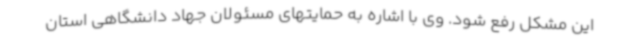
این مشکل رفع شود. وی با اشاره به حمایتهای مسئولان جهاد دانشگاهی استان